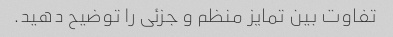
تفاوت بین تمایز منظم و جزئی را توضیح دهید.